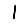
Digit: 1